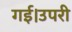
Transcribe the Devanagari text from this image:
गई।उपरी